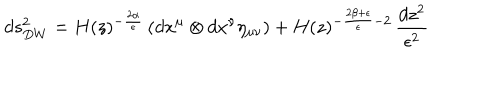
d s _ { D W } ^ { 2 } = H ( z ) ^ { - \frac { 2 \alpha } { \epsilon } } \left( d x ^ { \mu } \otimes d x ^ { \nu } \eta _ { \mu \nu } \right) + H ( z ) ^ { - \frac { 2 \beta + \epsilon } { \epsilon } - 2 } \, \frac { d z ^ { 2 } } { \epsilon ^ { 2 } }